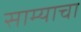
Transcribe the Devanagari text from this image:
साम्याचा